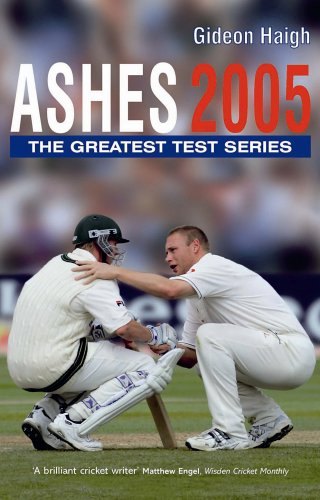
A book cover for Ashes 2005; Gideon Haigh; Sports & Outdoors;